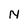
Character: N